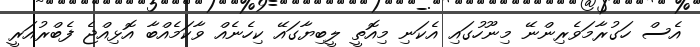
އެސް ހަގުރާމަވެރިންނޭ މިނޫހުގައި އެކަނި މިއޮތީ ލީބިޔާގައޭ ކިހެނެއް ވާކަމެއްބާ އޮޅިއްޖެ ފެބްރުއަރީ